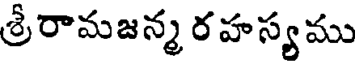
శ్రీరామజన్మ ర హస్యము